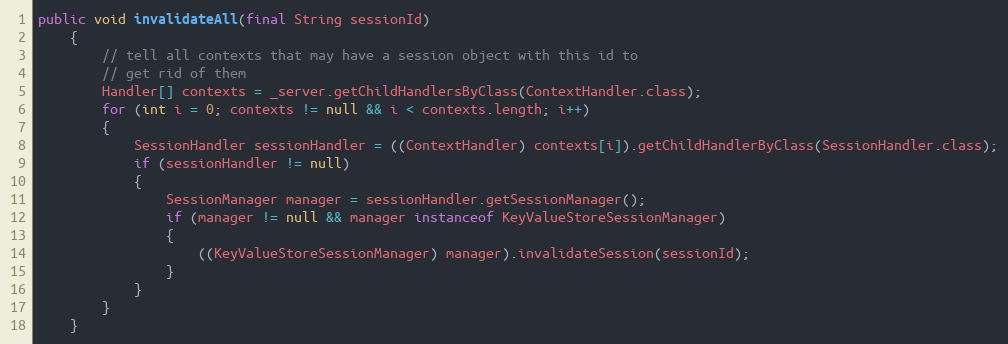
Language: Java
public void invalidateAll(final String sessionId)
    {
        // tell all contexts that may have a session object with this id to
        // get rid of them
        Handler[] contexts = _server.getChildHandlersByClass(ContextHandler.class);
        for (int i = 0; contexts != null && i < contexts.length; i++)
        {
            SessionHandler sessionHandler = ((ContextHandler) contexts[i]).getChildHandlerByClass(SessionHandler.class);
            if (sessionHandler != null)
            {
                SessionManager manager = sessionHandler.getSessionManager();
                if (manager != null && manager instanceof KeyValueStoreSessionManager)
                {
                    ((KeyValueStoreSessionManager) manager).invalidateSession(sessionId);
                }
            }
        }
    }